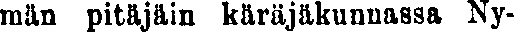
män pitäjäin käräjäkunnassa Ny-